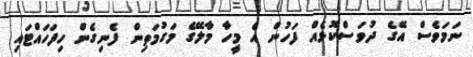
ނަމަވެސް އޭގެ ދުވަސްކޮޅެއް ފަހުން އެ މީހާ މާލޭގެ މަގުމަތިން ފެނިގެން ހިފަހައްޓައި